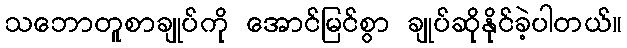
သဘောတူစာချုပ်ကို အောင်မြင်စွာ ချုပ်ဆိုနိုင်ခဲ့ပါတယ်။